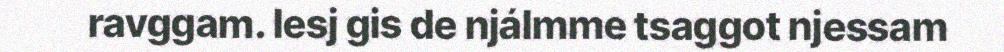
ravggam. Iesj gis de njálmme tsaggot njessam